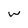
Character: w